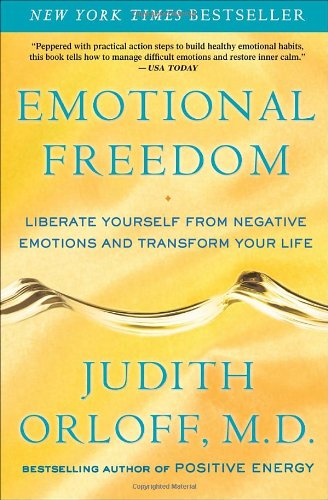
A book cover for Emotional Freedom: Liberate Yourself from Negative Emotions and Transform Your Life; Judith Orloff; Self-Help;